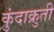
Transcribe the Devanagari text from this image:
कुंदाक्रुती